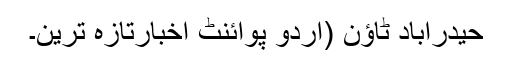
حیدرآباد ٹاؤن (اُردو پوائنٹ اخبارتازہ ترین۔